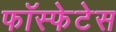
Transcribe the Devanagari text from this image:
फॉस्फेटेस